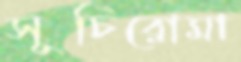
সূচিরোমা